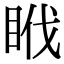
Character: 𥅩